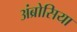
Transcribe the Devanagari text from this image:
अंब्रोसिया